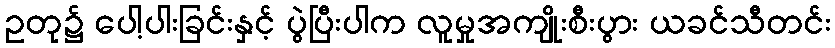
ဥတု၌ ပေါ့ပါးခြင်းနှင့် ပွဲပြီးပါက လူမှုအကျိုးစီးပွား ယခင်သီတင်း